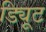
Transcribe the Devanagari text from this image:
ड्यिूट